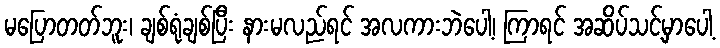
မပြောတတ်ဘူး၊ ချစ်ရုံချစ်ပြီး နားမလည်ရင် အလကားဘဲပေါ့၊ ကြာရင် အဆိပ်သင့်မှာပေါ့